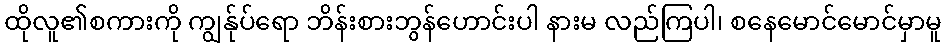
ထိုလူ၏စကားကို ကျွန်ုပ်ရော ဘိန်းစားဘွန်ဟောင်းပါ နားမ လည်ကြပါ၊ စနေမောင်မောင်မှာမူ